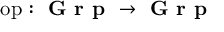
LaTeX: { \mathrm { o p } } : { \textbf { G r p } } \to { \textbf { G r p } }